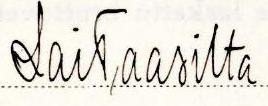
Laitaatsilta